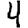
Digit: 4